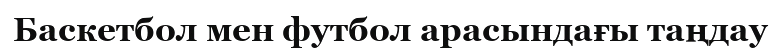
Баскетбол мен футбол арасындағы таңдау